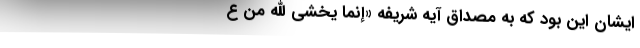
ایشان این بود که به مصداق آیه شریفه «إنَّمَا یخْشَی اللّه مِنْ عِ